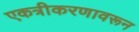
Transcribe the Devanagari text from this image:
एकत्रीकरणावरून